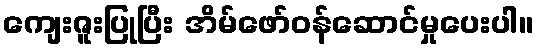
ကျေးဇူးပြုပြီး အိမ်ဖော်ဝန်ဆောင်မှုပေးပါ။